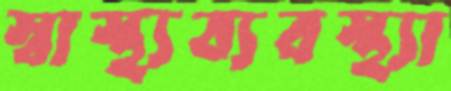
স্বাস্থ্যব্যবস্থ্যা